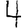
Digit: 4